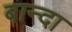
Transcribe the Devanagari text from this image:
बान्दा